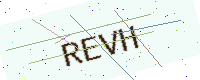
Text: REVH